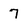
Character: 7